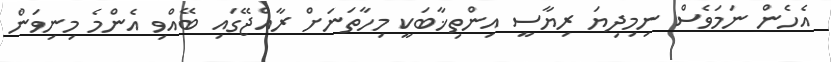
އެހެން ނަމަވެސް ނިމިދިޔަ ރިޔާސީ އިންތިޚާބަކީ މިހާތަނަށް ރާއްޖޭގައި ބޭއްވި އެންމެ މިނިވަން